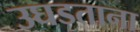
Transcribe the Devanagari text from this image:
उघडताना